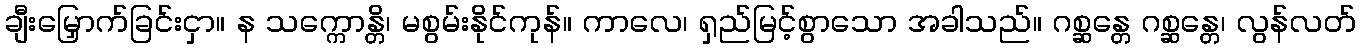
ချီးမြှောက်ခြင်းငှာ။ န သက္ကောန္တိ၊ မစွမ်းနိုင်ကုန်။ ကာလေ၊ ရှည်မြင့်စွာသော အခါသည်။ ဂစ္ဆန္တေ ဂစ္ဆန္တေ၊ လွန်လတ်